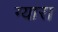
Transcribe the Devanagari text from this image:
ग्यारा